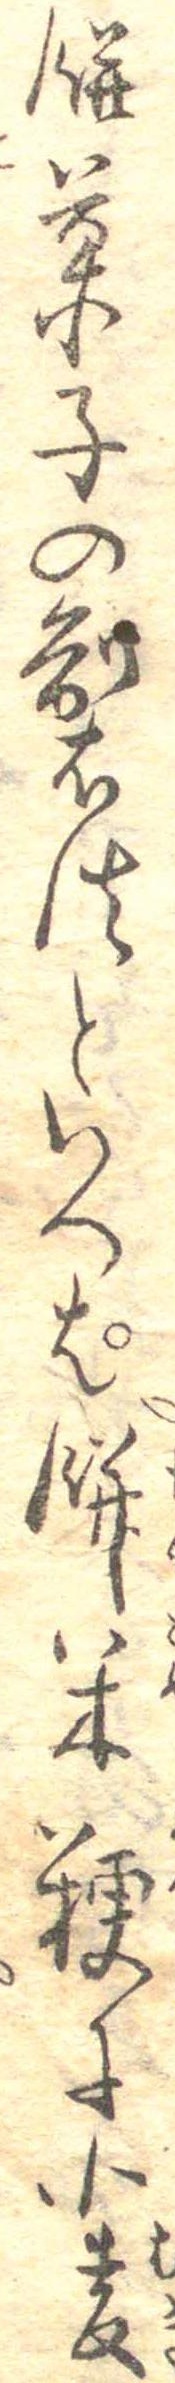
餅菓子の製法といつぱ餅米粳に小麦